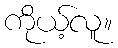
ကိုယ့်လူ။